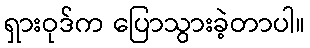
ရှားဝုဒ်က ပြောသွားခဲ့တာပါ။